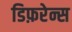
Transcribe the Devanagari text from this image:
डिफ़रेन्स